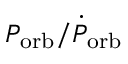
P _ { \mathrm { o r b } } / \dot { P } _ { \mathrm { o r b } }